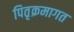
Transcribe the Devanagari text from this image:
पितृक्रमागत